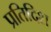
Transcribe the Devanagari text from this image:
प्रतिदिश